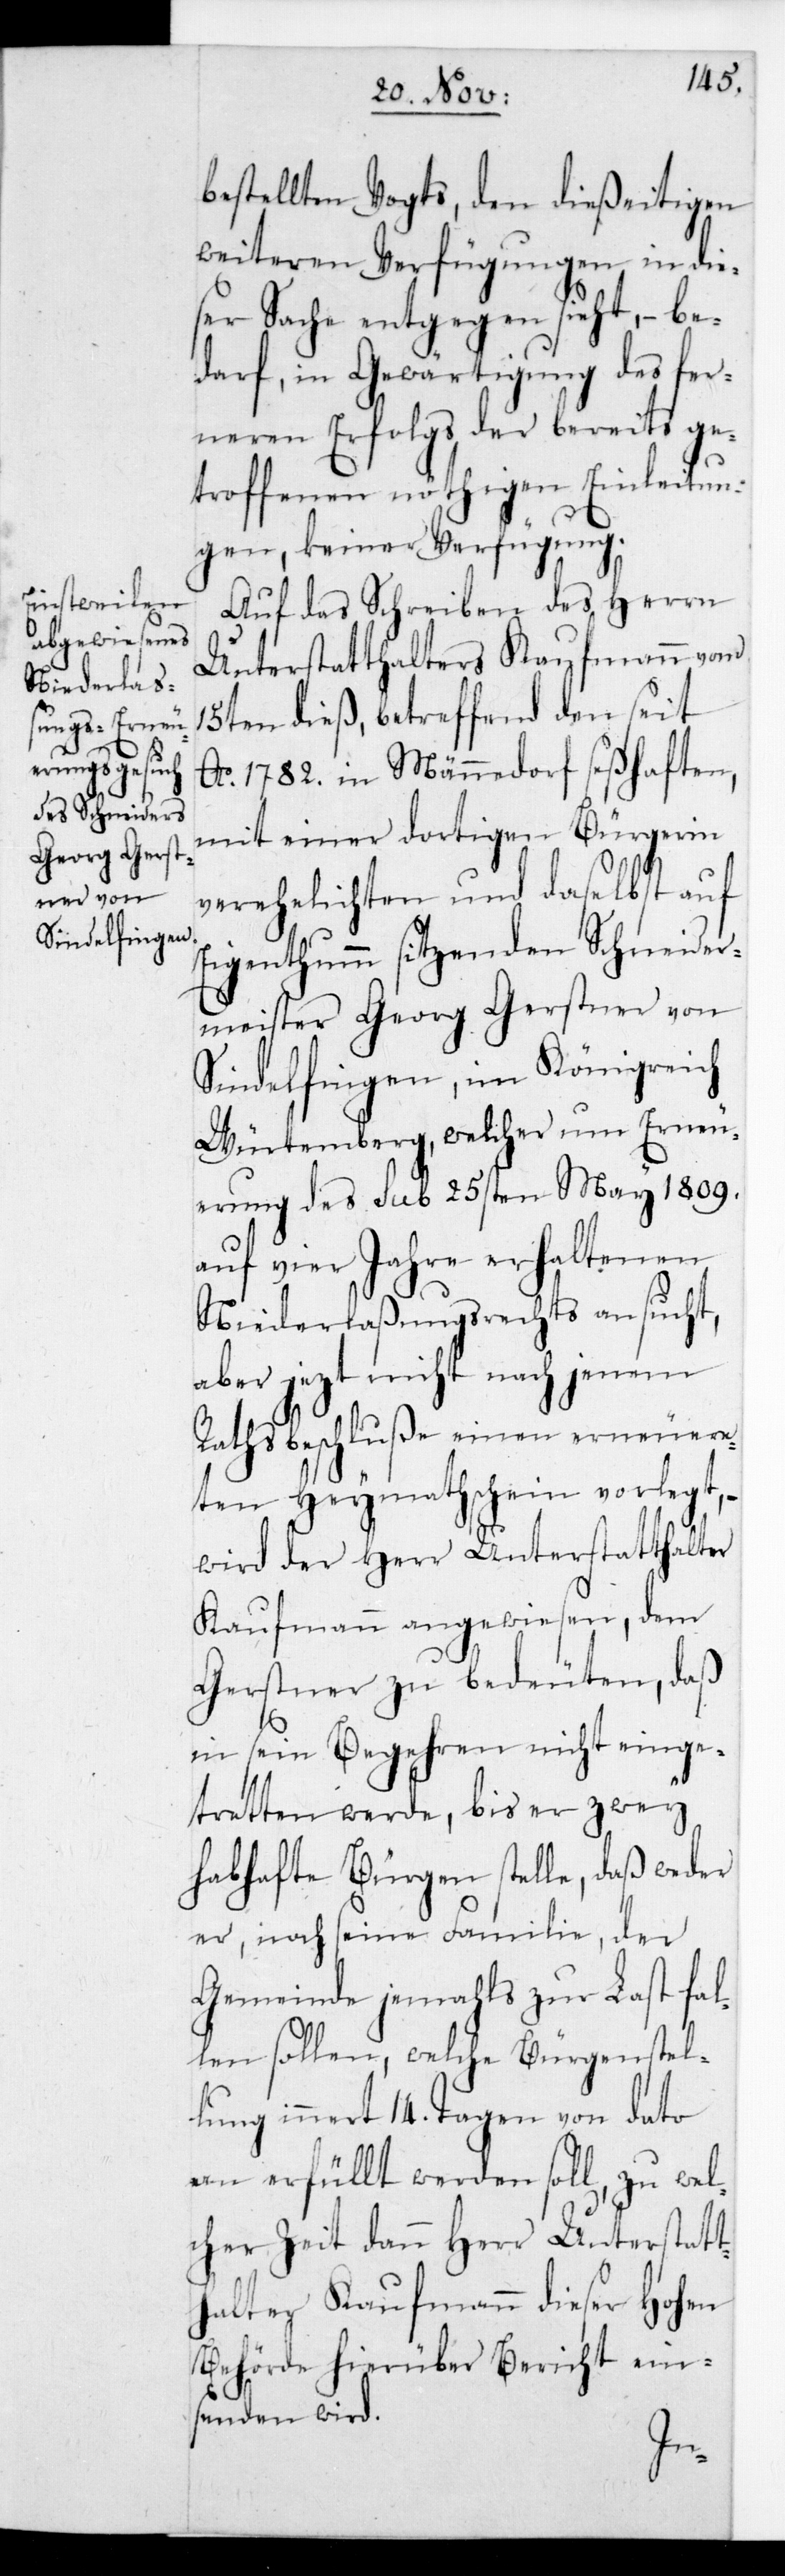
bestellten Vogts, den dieseitigen
weiteren Verfügungen in die¬
ser Sache entgegensieht, – be¬
darf, in Gewärtigung des fer¬
neren Erfolgs der bereits ge¬
troffenen nöthigen Einleitun¬
gen, keiner Verfügung.
Auf das Schreiben des Herrn
Unterstatthalters Kaufmann vom
15ten dieß, betreffend den seit
Ao 1782. in Männedorf seßhaften,
mit einer dortigen Bürgerin
verehelichten und daselbst auf
Eigenthum sitzenden Schneider¬
meister Georg Gerstner von
Sindelfingen im Königreich
Würtemberg, welcher um Erneu¬
erung des sub 25sten May 1809.
auf vier Jahre erhaltenen
Niederlaßungsrechts ansucht,
aber jetzt nicht nach jenem
Rathsbeschluße einen erneuere¬
ten Heymathschein vorlegt, –
wird der Herr Unterstatthalter
Kaufmann angewiesen, dem
Gerstner zu bedeuten, daß
in sein Begehren nicht einge¬
tretten werde, bis er zwey
habhafte Bürgen stelle, daß weder
er, noch seine Familie, der
Gemeinde jemals zur Last fal¬
len sollen, welche Bürgenstel¬
lung innert 14. Tagen von dato
an erfüllt werden soll, zu wel¬
cher Zeit dann Herr Unterstatt¬
halter Kaufmann dieser Hohen
Behörde hierüber Bericht ein¬
senden wird.